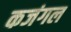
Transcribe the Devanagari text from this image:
कजंगल